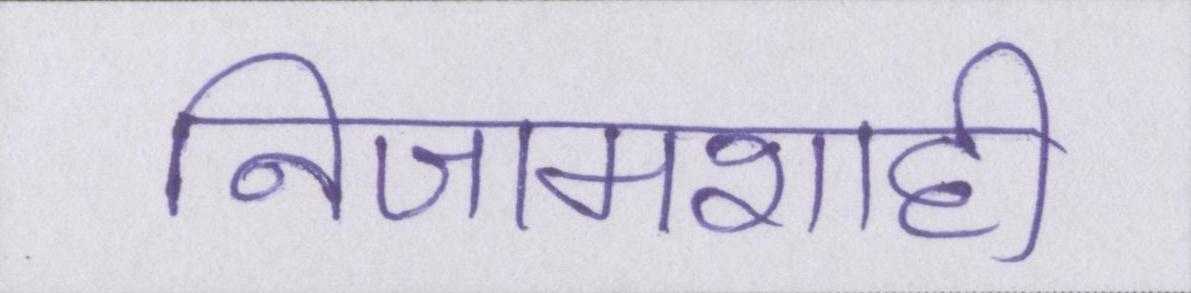
निजामशाही